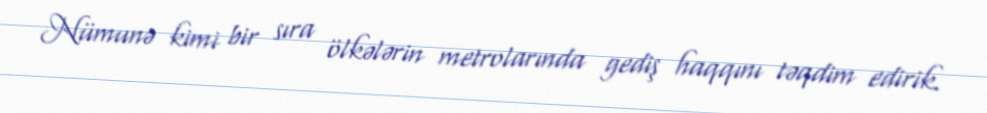
Nümunə kimi bir sıra ölkələrin metrolarında gediş haqqını təqdim edirik.